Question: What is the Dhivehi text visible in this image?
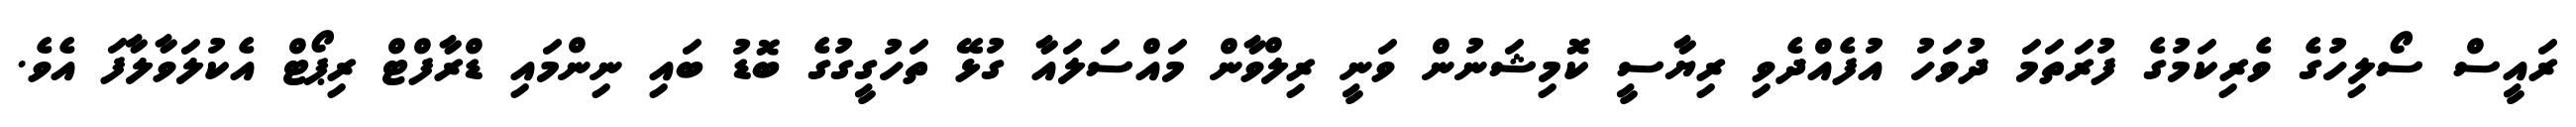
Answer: ރައީސް ސޯލިހުގެ ވެރިކަމުގެ ފުރަތަމަ ދުވަހު އުފެއްދެވި ރިޔާސީ ކޮމިޝަނުން ވަނީ ރިލްވާން މައްސަލައާ ގުޅޭ ތަހުގީގުގެ ބޮޑު ބައި ނިންމައި ޑްރާފްޓް ރިޕޯޓް އެކުލަވާލާފަ އެވެ.